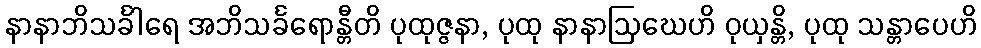
နာနာဘိသင်္ခါရေ အဘိသင်္ခရောန္တီတိ ပုထုဇ္ဇနာ, ပုထု နာနာဩဃေဟိ ဝုယှန္တိ, ပုထု သန္တာပေဟိ